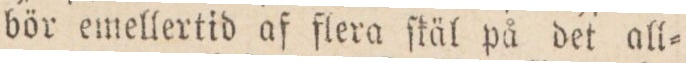
bör emellertid af flera ſkäl på det all=